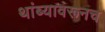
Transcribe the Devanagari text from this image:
थांब्यावरूनच